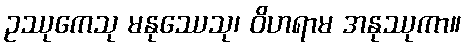
ဥဿုကေသု မနုဿေသု၊ ဝိဟရာမ အနုဿုကာ။